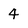
Character: 4